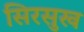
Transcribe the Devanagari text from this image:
सिरसुख